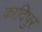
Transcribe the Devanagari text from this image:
कादिपुर